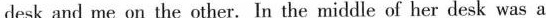
desk and me on the other. In the middle of her desk was a